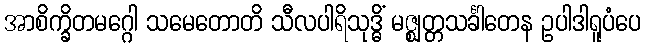
အာစိက္ခိတမဂ္ဂေါ သမေတောတိ သီလပါရိသုဒ္ဓိံ မဇ္ဈတ္တသင်္ခါတေန ဥပါဒါရူပံပေ